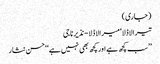
(جاری)
تیرا لاڈلا‘ میرا لاڈلا- نذیر ناجی
’’سب کچھ ہے اور کچھ بھی نہیں ہے‘‘ حسن نثار